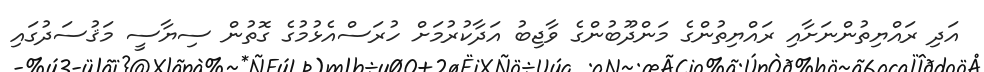
އަދި ރައްޔިތުންނަށާއި ރައްޔިތުންގެ މަންދޫބުންގެ ވާޖިބު އަދާކުރުމަށް ހުރަސްއެޅުމުގެ ގޮތުން ސިޔާސީ މަޤުސަދުގައި